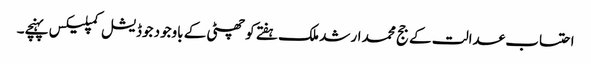
احتساب عدالت کے جج محمد ارشد ملک ہفتے کو چھٹی کے باوجود جوڈیشل کمپلیکس پہنچے۔